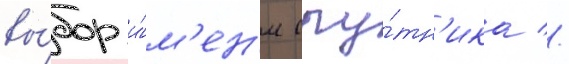
вы́бор и́м'ен'и спу́тн'ика //